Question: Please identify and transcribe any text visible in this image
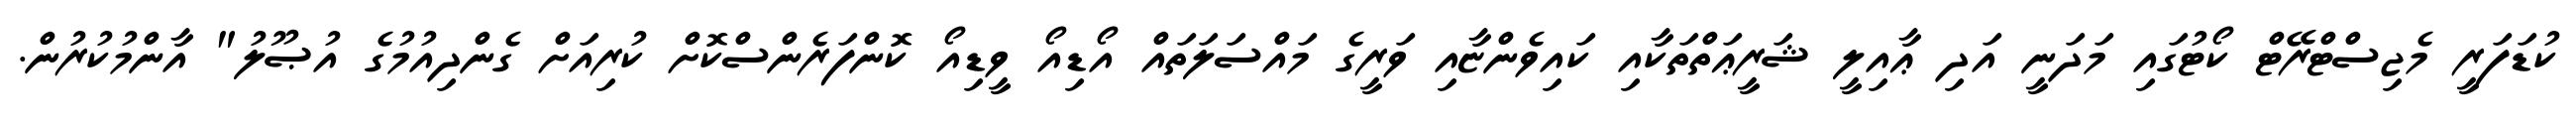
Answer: ކުޑަފަރީ މެޖިސްޓްރޭޓް ކޯޓުގައި މަދަނީ އަދި ޢާއިލީ ޝަރީޢަތްތަކާއި ކައިވެންޏާއި ވަރީގެ މައްސަލަތައް އޯޑިއޯ ވީޑިއޯ ކޮންފަރެންސްކޮށް ކުރިއަށް ގެންދިއުމުގެ އުޞޫލު" އާންމުކުރުން.